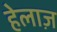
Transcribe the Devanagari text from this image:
हेलाज़